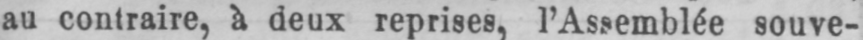
au contraire, à deux reprises, l’Assemblée souve-